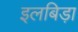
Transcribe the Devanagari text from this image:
इलबिड़ा